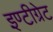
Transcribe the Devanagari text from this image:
इण्टीग्रेट